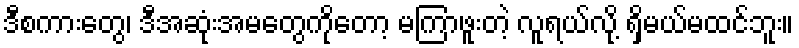
ဒီစကားတွေ၊ ဒီအဆုံးအမတွေကိုတော့ မကြာဖူးတဲ့ လူရယ်လို့ ရှိမယ်မထင်ဘူး။